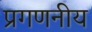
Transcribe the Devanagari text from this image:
प्रगणनीय